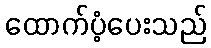
ထောက်ပံ့ပေးသည်